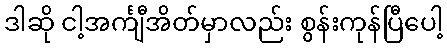
ဒါဆို ငါ့အင်္ကျီအိတ်မှာလည်း စွန်းကုန်ပြီပေါ့